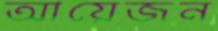
আয়েজন